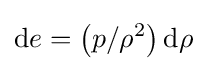
\mathrm {d} e=\left(p/\rho ^{2}\right)\mathrm {d} \rho